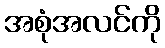
အစုံအလင်ကို